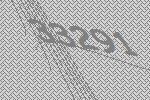
33291